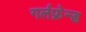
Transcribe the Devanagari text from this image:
गर्लफ्रेन्ड